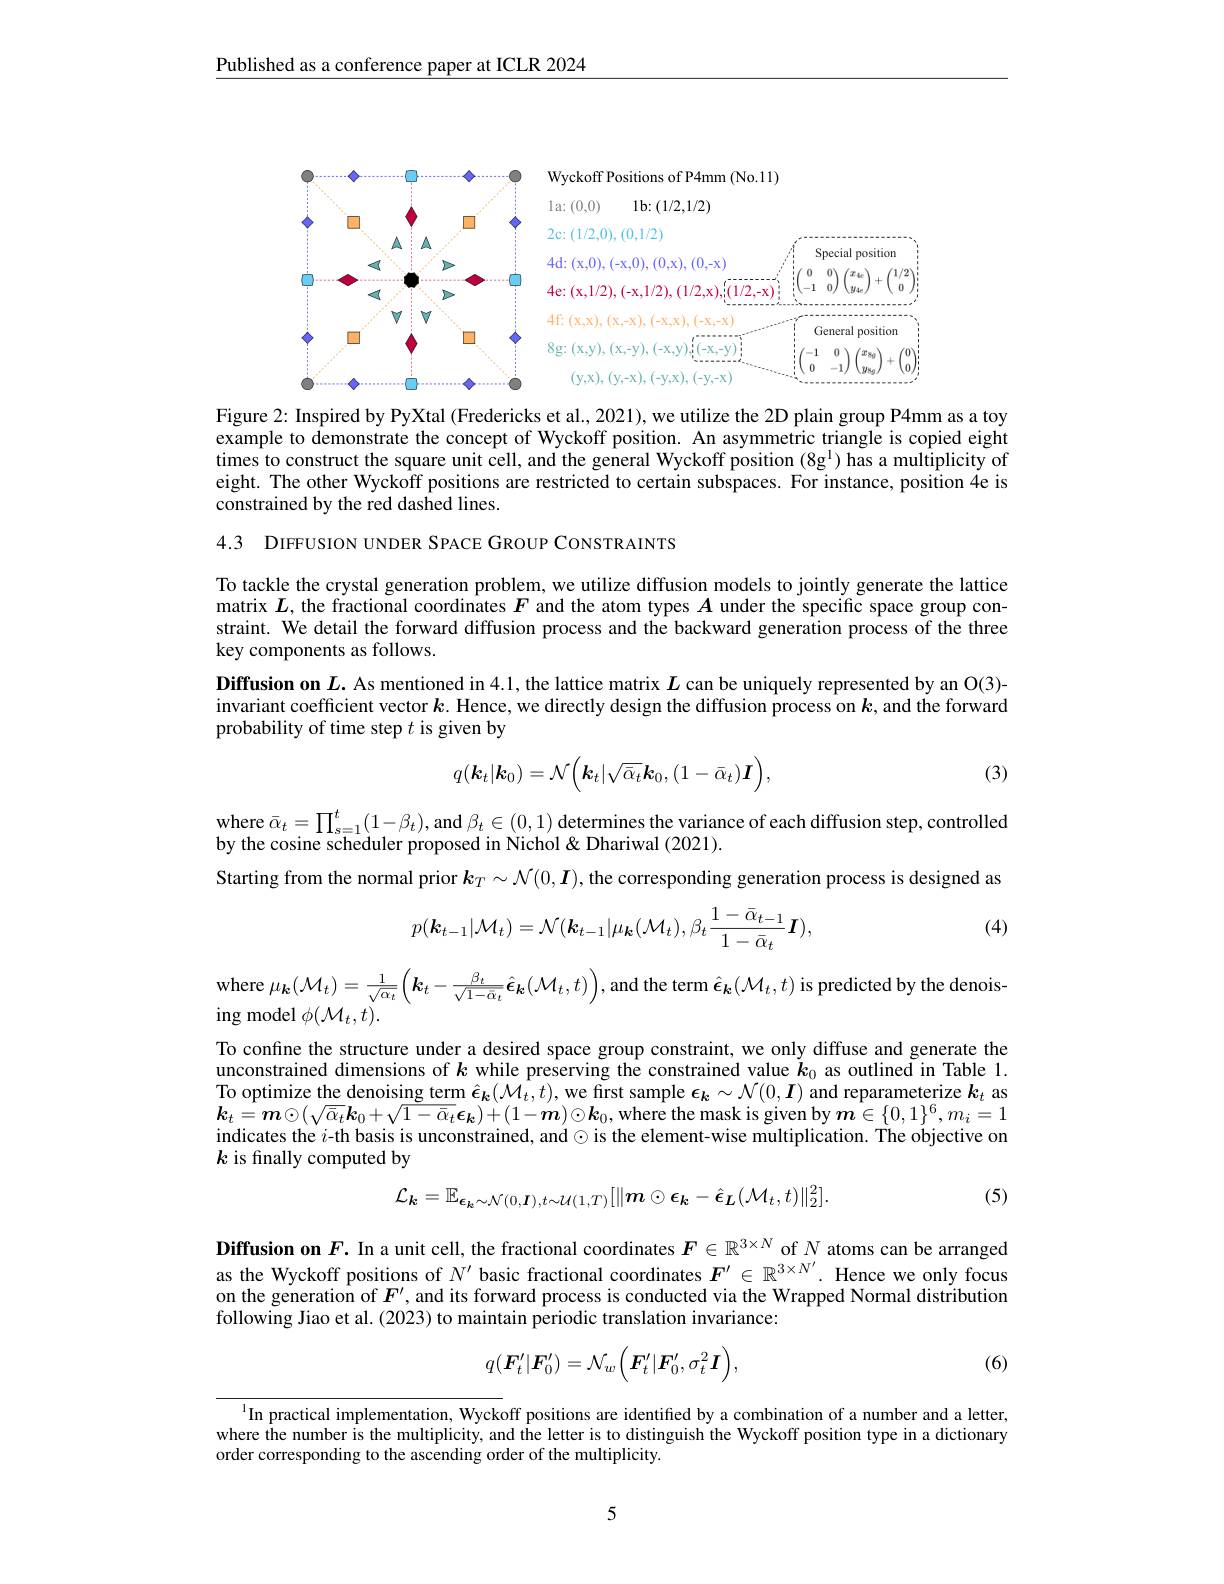
$\underline{\text{Published as a conference paper at ICLR 2024}}$

Wyckoff Positions of P4mm (No.11)

1a:(0,0)

1b:(1/2,1/2)

2c: (1/2,0),(0,1/2)

<FigureHere>

4e: (x,1/2),(-x,1/2),

4d: (x,0), (-x,0), (0,x), (0,-x)
<FigureHere>
4f: (x,x), (x,-x), (-x,x), (-x,-x)
$(y,x),(y,-x),(-y,x),(-y,-x)$

8g:(x,y),(x,-y),

Figure 2: Inspired by PyXtal (Fredericks et al., 2021), we utilize the 2D plain group P4mm as a toy example to demonstrate the concept of Wyckoff position. An asymmetric triangle is copied eight times to construct the square unit cell, and the general Wyckoff position $(8\mathrm{g}^{1})$ has a multiplicity of eight. The other Wyckoff positions are restricted to certain subspaces. For instance, position 4e is constrained by the red dashed lines.

4.3 DIFFUSION UNDER SPACE GROUP CONSTRAINTS

To tackle the crystal generation problem, we utilize diffusion models to jointly generate the lattice matrix $L$, the fractional coordinates $F$ and the atom types $A$ under the specific space group constraint. We detail the forward diffusion process and the backward generation process of the three key components as follows.
Diffusion on $L.$ As mentioned in 4.1, the lattice matrix $L$ can be uniquely represented by an O(3)- invariant coefficient vector $k.$ Hence, we directly design the diffusion process on $k$, and the forward probability of time step $t$ is given by
$$q(\boldsymbol{k}_t|\boldsymbol{k}_0)=\mathcal{N}\Big(\boldsymbol{k}_t|\sqrt{\bar{\alpha}_t}\boldsymbol{k}_0,(1-\bar{\alpha}_t)\boldsymbol{I}\Big),$$
(3)

where $\bar{\alpha } _{t}= \prod _{s= 1}^{t}( 1- \beta _{t}) $,and $\beta _{t}\in ( 0, 1)$ determines the variance of each diffusion step, controlled bu tha coin cobdul $x_{t}$,and $\beta _{t}\in ( 0, 1)$ determines the variance of each difffusion step, controlled
by the cosine scheduler proposed in Nichol&Dhariwal (2021)
Starting from the normal prior $\boldsymbol{k}_T\sim\mathcal{N}(0,\boldsymbol{I})$, the corresponding generation process is designed as

(4)
$$p(\boldsymbol{k}_{t-1}|\mathcal{M}_{t})=\mathcal{N}(\boldsymbol{k}_{t-1}|\mu_{\boldsymbol{k}}(\mathcal{M}_{t}),\beta_{t}\frac{1-\bar{\alpha}_{t-1}}{1-\bar{\alpha}_{t}}\boldsymbol{I}),$$
where $\mu_{\mathbf{k}}(\mathcal{M}_{t})=\frac1{\sqrt{\alpha_{t}}}\left(\boldsymbol{k}_{t}-\frac{\beta_{t}}{\sqrt{1-\alpha_{t}}}\hat{\boldsymbol{\epsilon}}_{\mathbf{k}}(\mathcal{M}_{t},t)\right)$,and the term $\hat{\boldsymbol{\epsilon}}_{\mathbf{k}}(\mathcal{M}_{t},t)$ is predicted by the denois-

ing model $\phi(\mathcal{M}_t,t).$

To confine the structure under a desired space group constraint, we only diffuse and generate the unconstrained dimensions of $k$ while preserving the constrained value $\dot{k} _0$ as outlined in Table 1. To optimize the denoising term $\hat{\boldsymbol{\epsilon}}_k(\mathcal{M}_t,t)$, we first sample $\boldsymbol{\epsilon}_k\sim\mathcal{N}(0,\boldsymbol{I})$ and reparameterize $\boldsymbol{k}_t$ as $\boldsymbol{k}_t=\boldsymbol{m}\odot(\sqrt{\bar{\alpha}_t}\boldsymbol{k}_0+\sqrt{1-\bar{\alpha}_t}\boldsymbol{\epsilon}_k)+(1-\boldsymbol{m})\odot\boldsymbol{k}_0,\dot{\text{where the mask is given by }}\boldsymbol{m}\in\{0,1\}^6,m_i=1$ indicates the $i$-th basis is unconstrained, and $\odot$ is the element-wise multiplication. The objective on $k$ is finally computed by

(5)
$$\mathcal{L}_{\boldsymbol{k}}=\mathbb{E}_{\boldsymbol{\epsilon}_{\boldsymbol{k}}\sim\mathcal{N}(0,\boldsymbol{I}),t\sim\mathcal{U}(1,T)}[\|\boldsymbol{m}\odot\boldsymbol{\epsilon}_{\boldsymbol{k}}-\hat{\boldsymbol{\epsilon}}_{\boldsymbol{L}}(\mathcal{M}_{t},t)\|_{2}^{2}].$$
Diffusion on $F.$ In a unit cell, the fractional coordinates $F\in\mathbb{R}^{3\times N}$ of $N$ atoms can be arranged as the Wyckoff positions of $N^{\prime}$ basic fractional coordinates $F^{\prime}\in\mathbb{R}^{3\times N^{\prime}}.$ Hence we only focus on the generation of $F^{\prime}$, and its forward process is conducted via the Wrapped Normal distribution following Jiao et al. (2023) to maintain periodic translation invariance:

(6)
$$q(\boldsymbol{F}_t'|\boldsymbol{F}_0')=\mathcal{N}_w\Big(\boldsymbol{F}_t'|\boldsymbol{F}_0',\sigma_t^2\boldsymbol{I}\Big),$$
In practical implementation, Wyckoff positions are identified by a combination of a number and a letter, where the number is the multiplicity, and the letter is to distinguish the Wyckoff position type in a dictionary order corresponding to the ascending order of the multiplicity

5